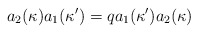
\begin{align*}a_{2}(\kappa)a_{1}(\kappa')=q a_{1}(\kappa')a_{2}(\kappa)\end{align*}